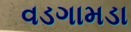
વડગામડા